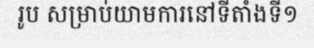
រូប សម្រាប់យាមការនៅទីតាំងទី១